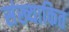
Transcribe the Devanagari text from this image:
संख्याकित